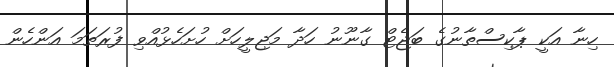
ހިނާ އަކީ ޕާކިސްތާނުގެ ބަޖެޓް ގާނޫނު ހަދާ މަޖިލީހަށް ހުށަހެޅުއްވި ފުރަތަމަ އަންހެން